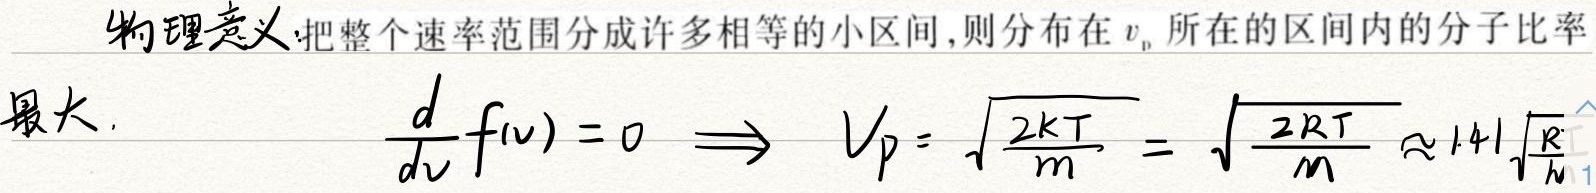
物理意义:把整个速率范围分成许多相等的小区间,则分布在 \(v_{p}\) 所在的区间内的分子比率
最大.
\[
\frac{d}{dv}f(v)=0 \Longrightarrow v_{p}=\sqrt{\frac{2kT}{m}}=\sqrt{\frac{2RT}{M}}\approx 1.41\sqrt{\frac{R}{M}}
\]